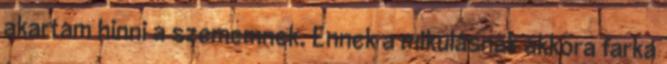
akartam hinni a szememnek. Ennek a mikulásnak akkora farka